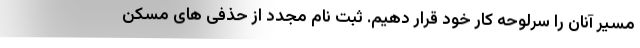
مسیر آنان را سرلوحه کار خود قرار دهیم. ثبت نام مجدد از حذفی های مسکن